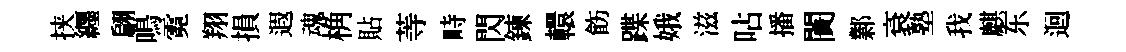
挟纒翩鳴霓翔損遐魂桷貼䓁畤閃鍊轘飭蹀娥滋呫播闠鄴袞塾我麒东迴